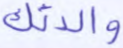
والدتك